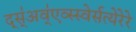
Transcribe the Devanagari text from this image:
द्स्॑अव्॑एव्स्स्वेर्सत्येरेरे